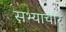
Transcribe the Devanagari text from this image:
सभ्याचार